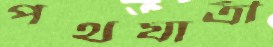
পথযাত্রী